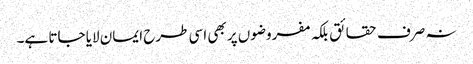
نہ صرف حقائق بلکہ مفروضوں پر بھی اسی طرح ایمان لایا جاتا ہے۔